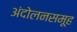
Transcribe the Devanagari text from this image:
अंदोलनसमूह